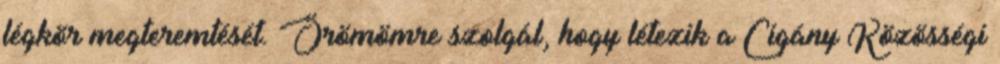
légkör megteremtését. Örömömre szolgál, hogy létezik a Cigány Közösségi